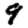
Digit: 9